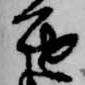
進